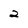
Character: 2